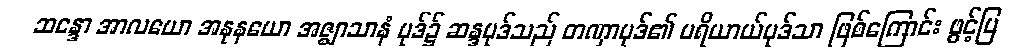
ဆန္ဒော အာလယော အနုနယော အဇ္ဈာသာနံ ပုဒ်၌ ဆန္ဒပုဒ်သည် တဏှာပုဒ်၏ ပရိယာယ်ပုဒ်သာ ဖြစ်ကြောင်း ဖွင့်ပြ